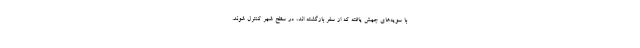
با سویه‌های جهش یافته که از سفر بازگشته اند، در سطح شهر کنترل شوند.